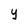
Character: y